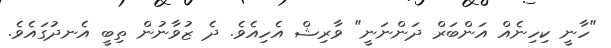
"ހާނީ ކިހިނެއް އަންބަރް ދަންނަނީ" ވާރިޝް އެހިއެވެ. ދެ ޒުވާނުން ތިބީ އެނދުގައެވެ.